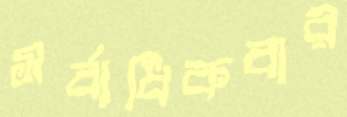
সর্বাধিকবার